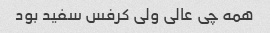
همه چی عالی ولی کرفس سفید بود